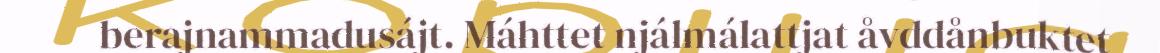
berajnammadusájt. Máhttet njálmálattjat åvddånbuktet